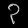
Digit: ၃